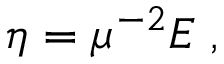
\eta = \mu ^ { - 2 } E \; ,